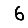
Digit: 6